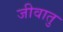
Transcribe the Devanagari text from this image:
जीवातु